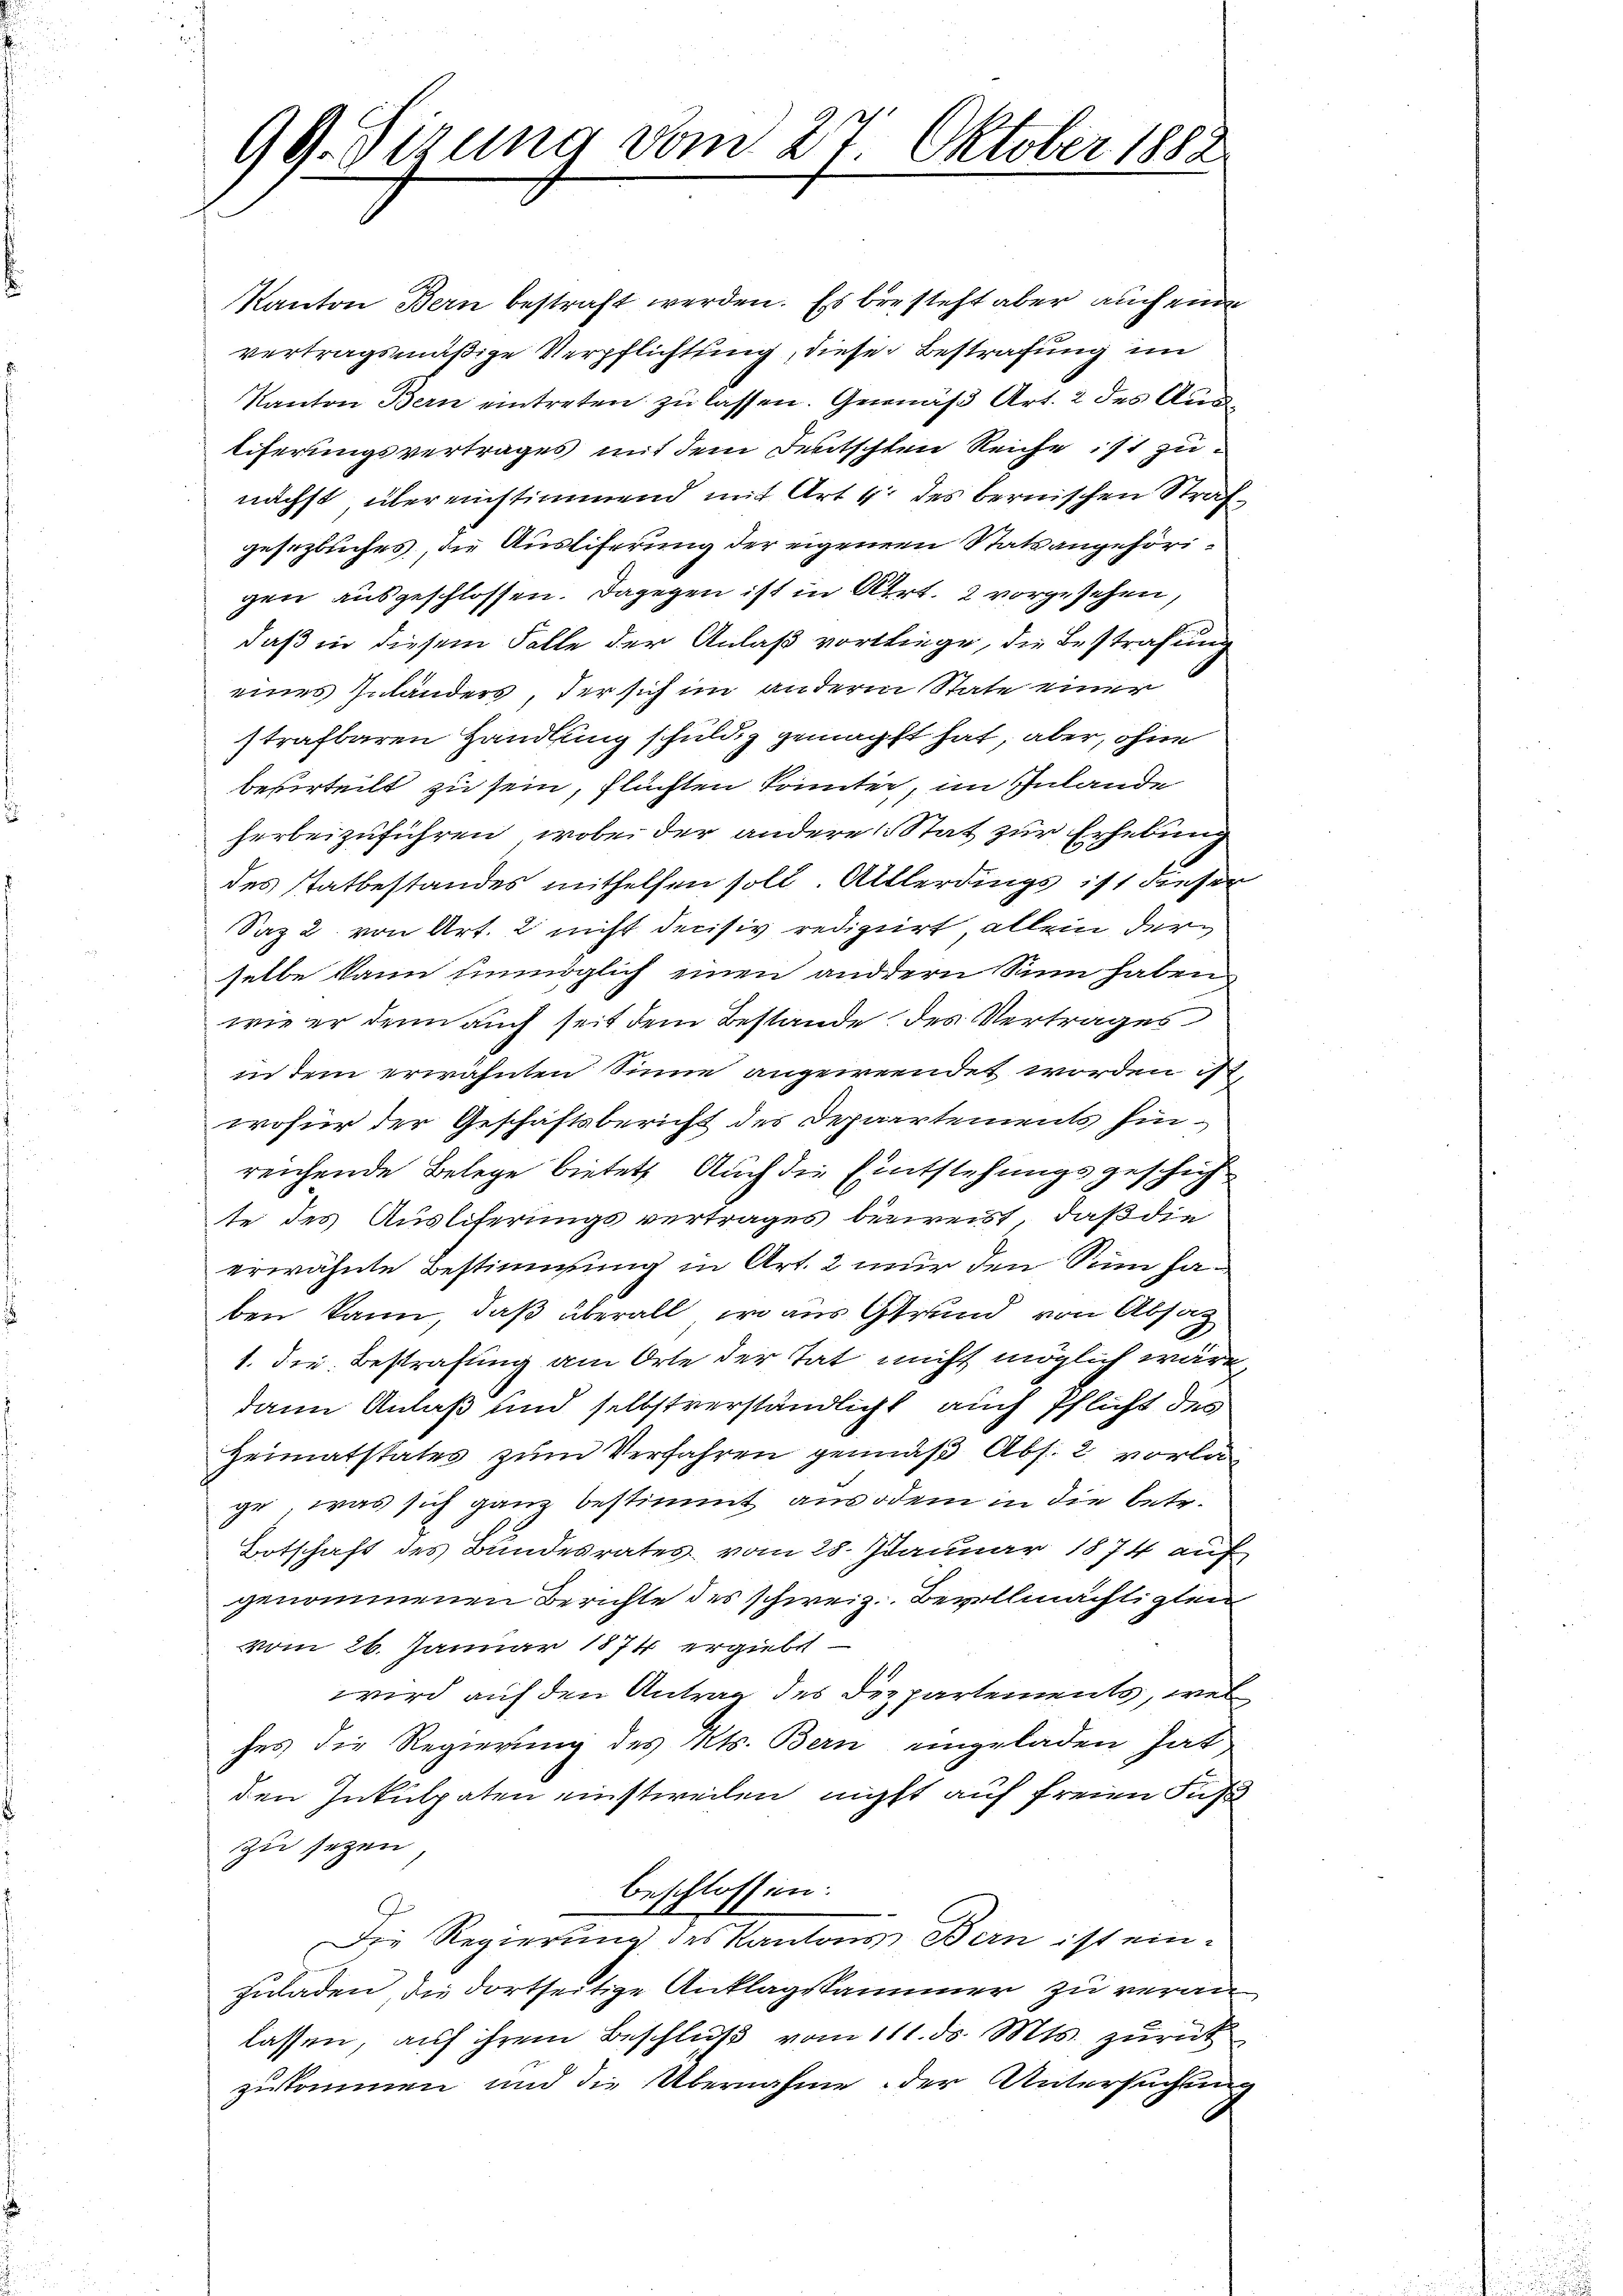
99. Sizung vom 27. Oktober 1882

Kanton Bern bestraft werden. Es bresteht aber auch eine
vertragsmäßige Verpflichtung, diese Bestrafung im
Kanton Bern eintreten zu lassen. Gemäß Art. 2 des Area
liferungsvertrages mit dem Deutschten Reiche ist zunächst übereinstimmend mit Art 4. des bernischen Strafgesezliches, die Ausliferung der eigenen Statsangehörigen ausgeschlossen. Dagegen ist in Art. 2 vorgesehen,
daß in diesem Falle der Anlaß vorliege, die Bestrafung
eines Inländers, der sich im anderm State einer
strafbaren Handlung schuldig genächst hat, aber, ohne
besurteilt zu sein, flüchten konnten, im Inlande
herbeizuführen, wobei der andere Stat zur Erhebung
des Statbestandes mithelfen soll. Alllerdings ist dieser
Saz 2 von Art. 2 nicht decisiv redigirt, allein der
selbe kann unmöglich einen andern Sinn haben
wie er denn auch seit dem Bestände des Vertrages
in dem erwähnten Sinne angewendet worden ist,
wofür der Geschäftsbericht des Departements hinreichende Belege bietet. Auch die Entstehungsgeschich
te des Auslieferungsvertrages bezweist, daß die
erwähnte Bestimmung in Art. 2 nur den Sinn haben kann, daß überall, wo aus Grund von Absatz
1. die Bestrafung am Orte der Tat nicht möglich wäre
dann Anlaß und selbstverständlicht auch Pflicht des
Heimatstates zum Verfahren gemäß Abs. 2 vorla
ge, was sich ganz bestimmt aus dem in die betr.
Botschaft des Bundesrates vom 28. Januar 1874 auf
genommenen Berichte des schweiz. Bevollmächtigten
vom 26. Januar 1874 ergiebt
wwird auf den Antrag des Departements, wel
hes die Regierung des Kts. Bern eingeladen hat
den Inkulpaten einstweilen, nicht auf freien Fuß
zu sezen
beschlossen:
Die Regierung des Kantons Bern ist einzuladen, die dortseitige Anklagskammer zu veranlassen, auf ihrem Beschluß vom 111. ds. Mts. zurück
zukommen und die Übernahme der Untersuchung